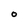
Character: 0